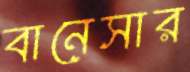
বানেসার